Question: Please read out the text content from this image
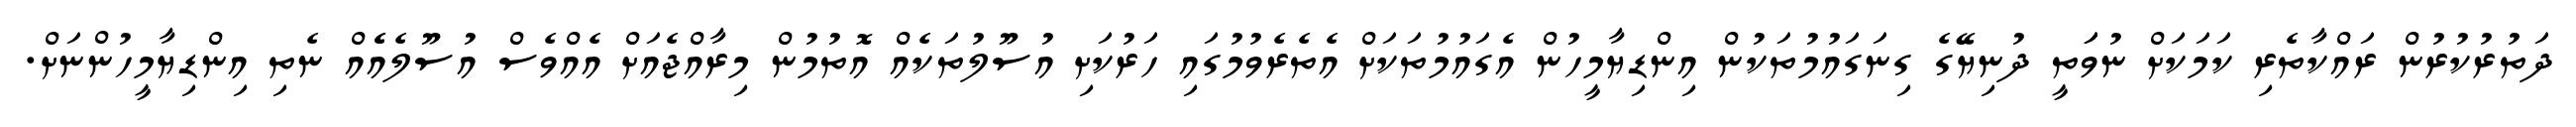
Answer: ދަތުރުކުރުން ރައްކާތެރި ކަމަކަށް ނުވަަތީ ދުނިޔޭގެ ގިނަގައުމުތަކުން އިންޑިޔާމީހުން އެގައުމުތަކަށް އެތެރެވުމުގައި ހަރުކަށި އުސޫލުތަކެއް އޮތުމުން މިރާއްޖެއަށް އެއްވެސް އުސޫލެއެެއް ނެތި އިންޑިޔާމީހުންނަށް.